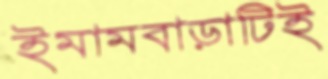
ইমামবাড়াটিই